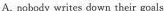
A. nobody writes down their goals